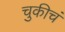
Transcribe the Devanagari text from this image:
चुकीचं